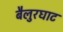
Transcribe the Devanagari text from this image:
बैलुरघाट